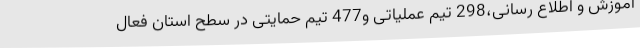
آموزش و اطلاع رسانی،298 تیم عملیاتی و477 تیم حمایتی در سطح استان فعال